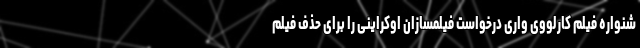
شنواره فیلم کارلووی واری درخواست فیلمسازان اوکراینی را برای حذف فیلم